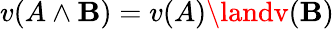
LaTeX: v(A\land\mathbf{B})=v(A)\landv(\mathbf{B})